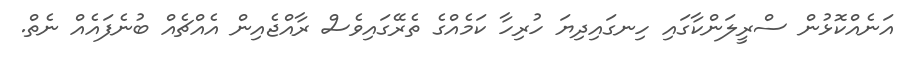
އަނެއްކޮޅުން ސްރީލަންކާގައި ހިނގައިދިޔަ ހުރިހާ ކަމެއްގެ ތެރޭގައިވެސް ރާއްޖެއިން އެއްޗެއް ބުނެފައެއް ނެތް.